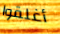
أغلقوا